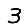
Digit: 3